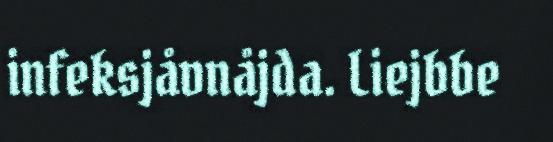
infeksjåvnåjda. Liejbbe